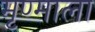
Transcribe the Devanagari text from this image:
मृण्माला